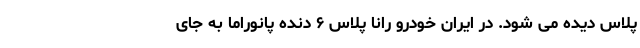
پلاس دیده می شود. در ایران خودرو رانا پلاس ۶ دنده پانوراما به جای